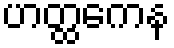
ဟတ္ထကေန